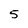
Character: 5